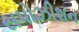
સપોઝીશન